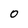
Character: 0